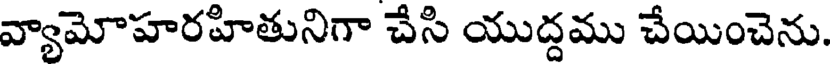
వ్యామోహరహితునిగా చేసి యుద్దము చేయించెను.